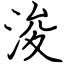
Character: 浚